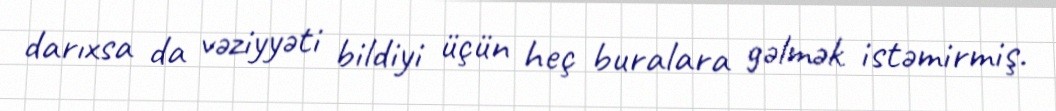
darıxsa da vəziyyəti bildiyi üçün heç buralara gəlmək istəmirmiş.